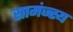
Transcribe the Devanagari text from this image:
सामंज्स्य